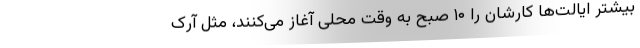
بیشتر ایالت‌ها کارشان را ۱۰ صبح به وقت محلی آغاز می‌کنند، مثل آرک